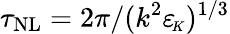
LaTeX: \tau_{\mathrm{NL}}=2\pi/(k^{2}{\varepsilon_{\! \scriptscriptstyle K}})^{1/3}